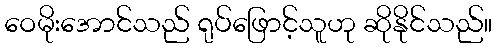
ဝေမိုးအောင်သည် ရုပ်ဖြောင့်သူဟု ဆိုနိုင်သည်။